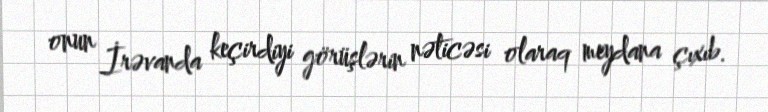
onun İrəvanda keçirdiyi görüşlərin nəticəsi olaraq meydana çıxıb.